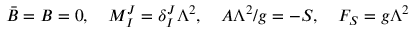
\bar { B } = B = 0 , ~ ~ ~ M _ { I } ^ { J } = \delta _ { I } ^ { J } \Lambda ^ { 2 } , ~ ~ ~ A \Lambda ^ { 2 } / g = - S , ~ ~ ~ F _ { S } = g \Lambda ^ { 2 }